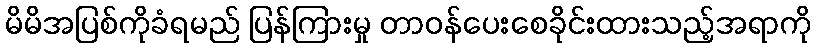
မိမိအပြစ်ကိုခံရမည် ပြန်ကြားမှု တာဝန်ပေးစေခိုင်းထားသည့်အရာကို